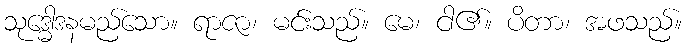
သုဒ္ဓေါဒနမည်သော။ ရာဇာ၊ မင်းသည်။ မေ၊ ငါ၏။ ပိတာ၊ အဖသည်။